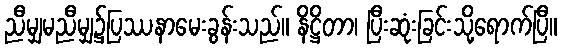
ညီမျှမညီမျှ၌ပြဿနာမေးခွန်းသည်။ နိဋ္ဌိတာ၊ ပြီးဆုံးခြင်းသို့ရောက်ပြီ။